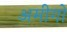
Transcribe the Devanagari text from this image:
अमीगो